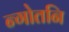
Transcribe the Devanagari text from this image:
न्गोतनि